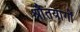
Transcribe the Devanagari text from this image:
श्रौतयागों